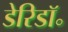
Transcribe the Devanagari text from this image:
डेरिडॉ॰